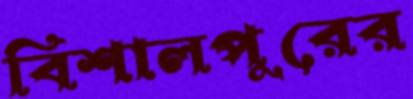
বিশালপুরের